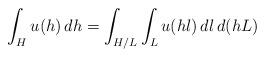
LaTeX: \begin{align*}\int_H u(h)\,dh =\int_{H/L}\int_L u(hl)\, dl\, d(hL)\end{align*}